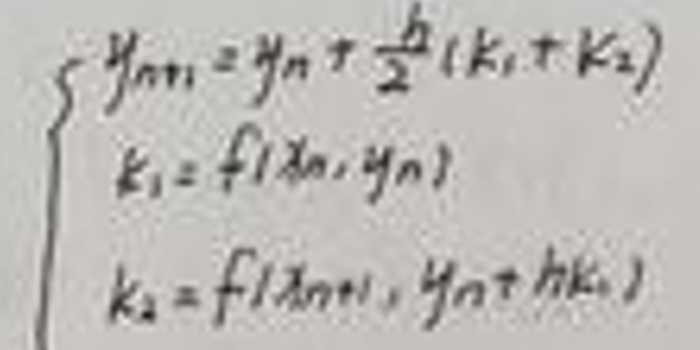
\begin{cases}
y_{n+1}=y_{n}+\frac{h}{2}(k_1 + k_2)\\
k_1 = f(x_n,y_n)\\
k_2 = f(x_n,y_n+hk_1)
\end{cases}